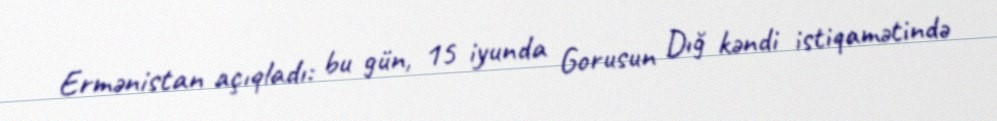
Ermənistan açıqladı: bu gün, 15 iyunda Gorusun Dığ kəndi istiqamətində